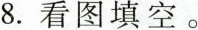
8.看图填空。